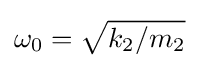
\omega _{0}={\sqrt {k_{2}/m_{2}}}